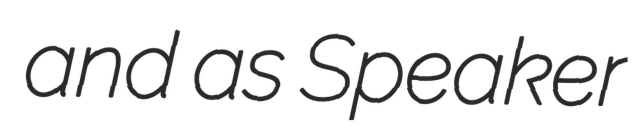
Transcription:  and as Speaker